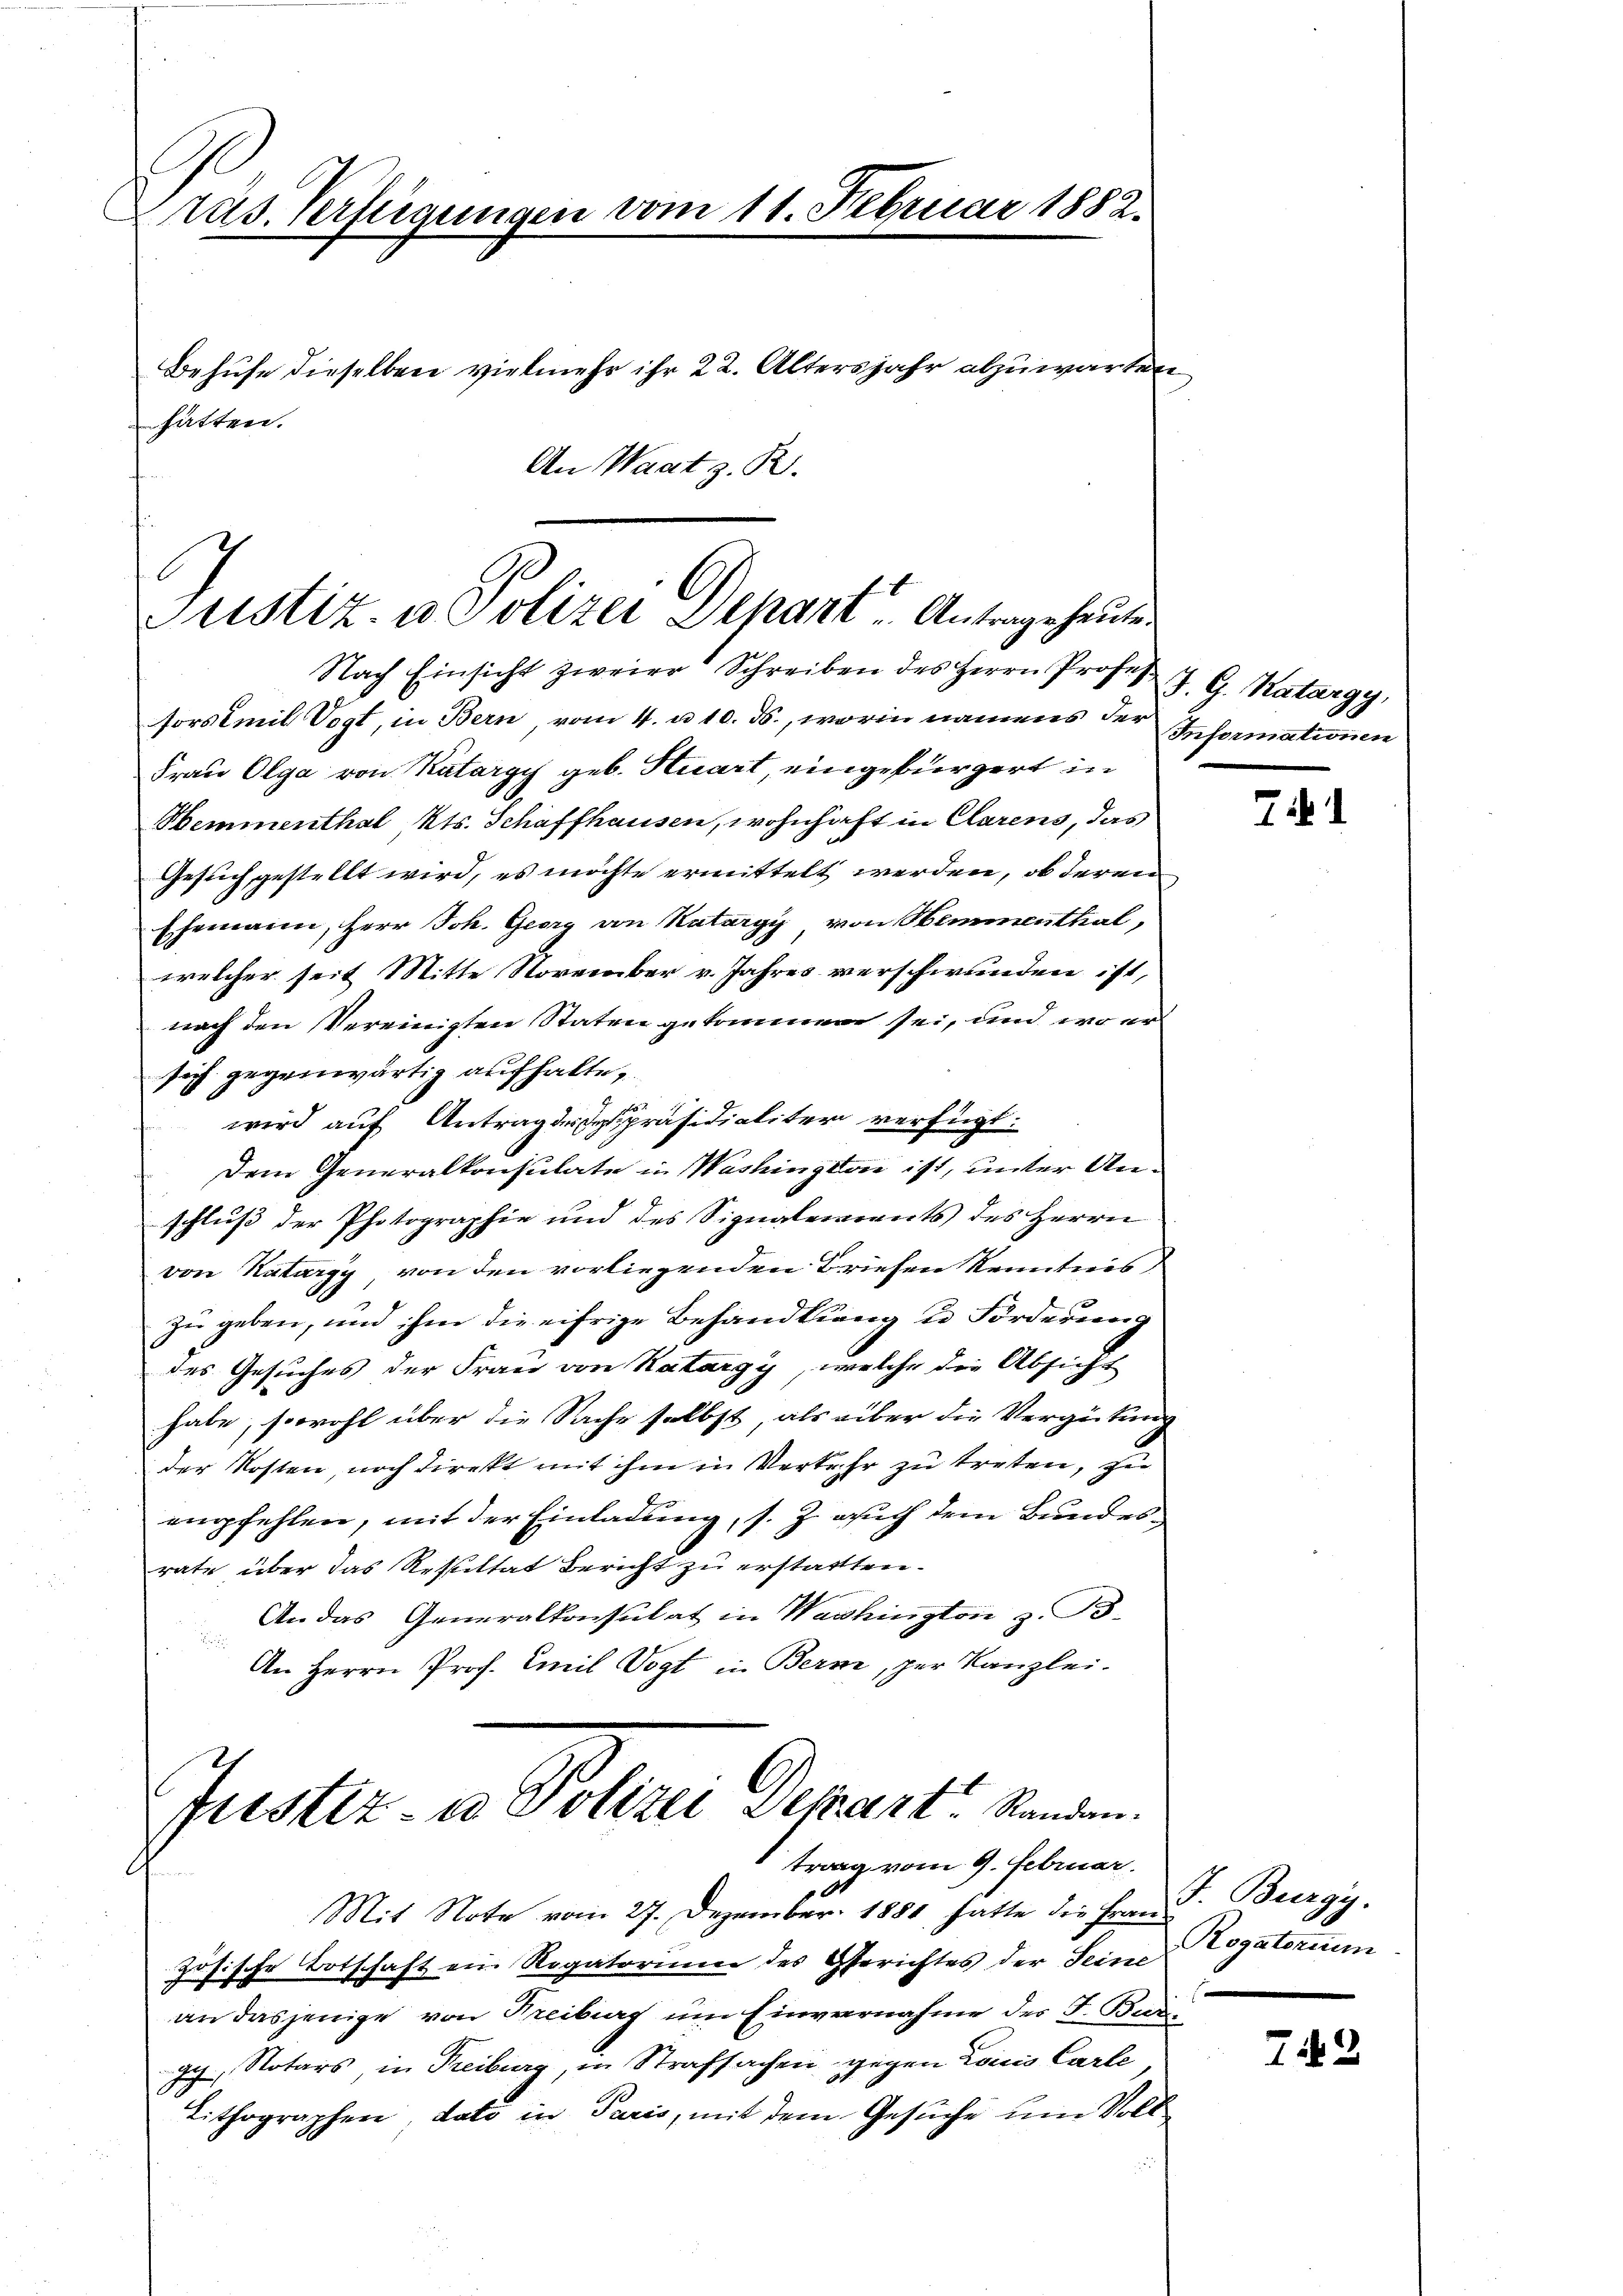
Präs. Verfügungen vom 11. Februar 1882.

Behufe dieselben vielmehr ihr 22. Altersjahr abzuwarten
hätten.

Nach Einsicht zweier Schreiben des Herrn Profes J. G. Katargy,
sors Emil Vogt, in Bern vom 4. u. 10. ds., worin namens der Informationen
Frau Olga von Katargy geb. Stuart, eingebürgert in
Hemmenthal, Kts. Schaffhausen, wohnhaft in Clarens, das
Gesuch gestellt wird, es möchte ermittelt werden, ob deren
Ehemann, Herr Joh. Georg von Katargy von Hemmenthal,
welcher seit Mitte November v. Jahres verschwunden ist,
nach den Vereinigten Staten gekommen sei, und wo er
sich gegenwärtig aufhalte,
wird auf Antrag depräsidialiter verfügt:
Dem Generalkonsulate in Washington ist, unter Anschluß der Photographie und des Signaleraents des Herrn
von Katargy, von den vorliegenden Briefen Kenntnis
zu geben, und ihme die eifrige Behandlung u. Förderung
des Gesuches der Frau von Katargy, welche die Absicht
habe, sowohl über die Sache selbst, als über die Vergütung
der Kosten, noch direkt mit ihm in Verkehr zu treten, zu
empfehlen, mit der Einladung, s. Z. auch dem Bundes
rate über das Resultat Bericht zu erstattten.
An das Generalkonsulat in Washington z. B.
.
An Herrn Prof. Emil Vogt in Bern, per Kanzlei.

An Waat z. B.

Justiz- u Polizei Depart Antrageshausen

Justiz- u. Polizei Departe Standen.
trag vom 9. Februar.

Mit Note vom 27. Dezember 1881 hatte die Frau
zösische Totschaft ein Rogatorium des Gerichtes der Seine
an dasjenige von Freiburg um Einvernahme des F. Burgy, Notars, in Freiburg, in Strafsachen gegen Louis Carte
Lithographen, dato in Paris, mit dem Gesuche um Voll

i

J. Burgy.
Rogatorium

72